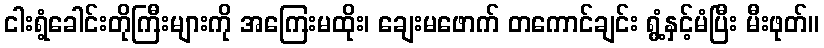
ငါးရံ့ခေါင်းတိုကြီးများကို အကြေးမထိုး၊ ချေးမဖောက် တကောင်ချင်း ရွံ့နှင့်မံပြီး မီးဖုတ်။